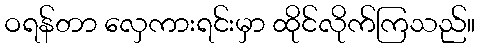
ဝရန်တာ လှေကားရင်းမှာ ထိုင်လိုက်ကြသည်။